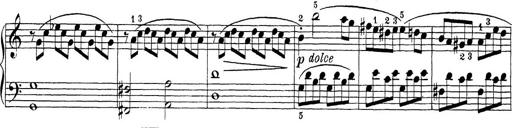
Title: Sonatina Album
Composer: Louis KÃ¶hler